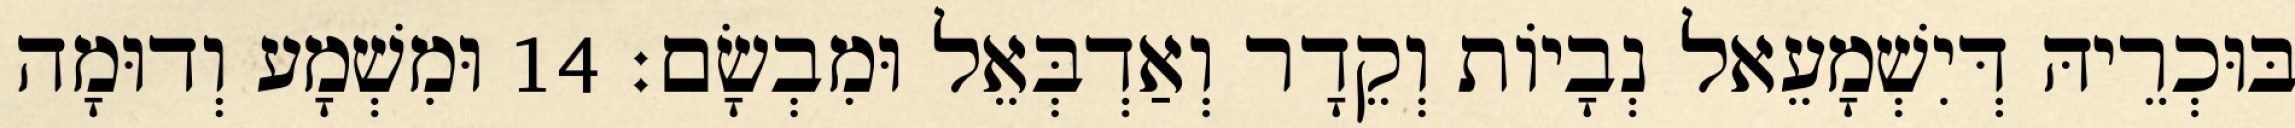
בּוּכְרֵיהּ דְּיִשְׁמָעֵאל נְבָיוֹת וְקֵדָר וְאַדְבְּאֵל וּמִבְשָׂם׃ 14 וּמִשְׁמָע וְדוּמָה